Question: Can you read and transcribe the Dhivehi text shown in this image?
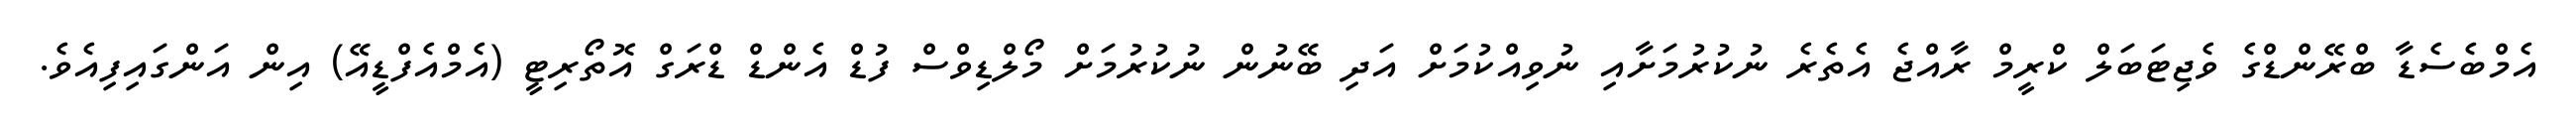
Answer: އެމްބެސެޑާ ބްރޭންޑްގެ ވެޖިޓަބަލް ކްރީމް ރާއްޖެ އެތެރެ ނުކުރުމަށާއި ނުވިއްކުމަށް އަދި ބޭނުން ނުކުރުމަށް މޯލްޑިވްސް ފުޑް އެންޑް ޑްރަގް އޮތޯރިޓީ (އެމްއެފްޑީއޭ) އިން އަންގައިފިއެވެ.